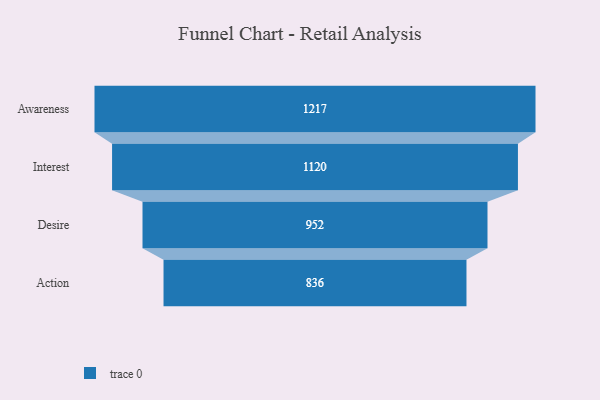
{"axis": {"x": "Stage", "y": "Value"}, "legend": [""], "data": [{"x": "Awareness", "y": 1217.0, "type": ""}, {"x": "Interest", "y": 1120.0, "type": ""}, {"x": "Desire", "y": 952.0, "type": ""}, {"x": "Action", "y": 836.0, "type": ""}]}